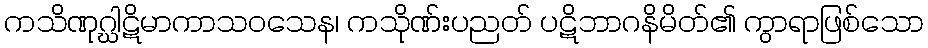
ကသိဏုဂ္ဃါဋိမာကာသဝသေန၊ ကသိုဏ်းပညတ် ပဋိဘာဂနိမိတ်၏ ကွာရာဖြစ်သော